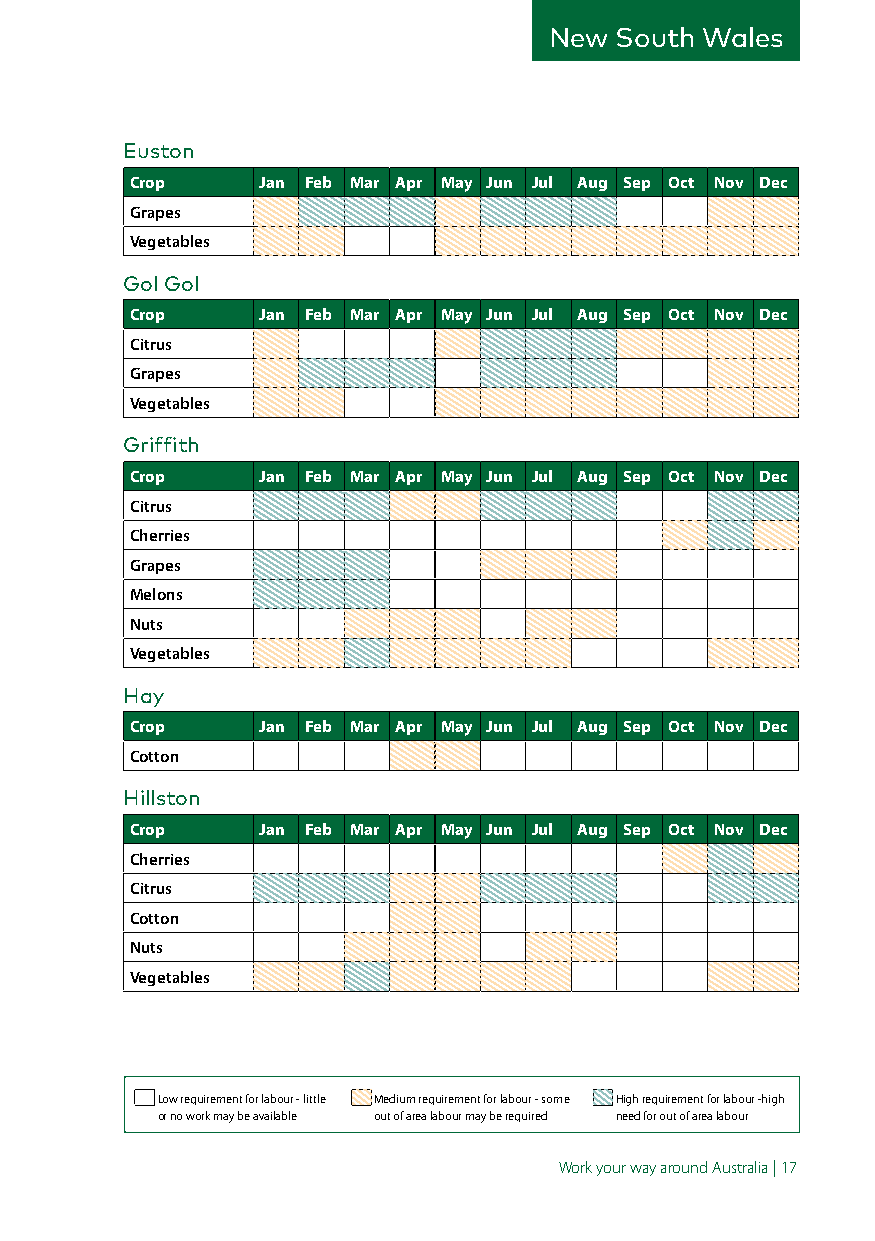
New  South Wales
 Euston
 Crop    Jan Feb Mar Apr May Jun Jul Aug Sep Oct Nov Dec
 Grapes
 Vegetables
 Gol Gol
 Crop    Jan Feb Mar Apr May Jun Jul Aug Sep Oct Nov Dec
 Citrus
 Grapes
 Vegetables
 Griffith
 Crop    Jan Feb Mar Apr May Jun Jul Aug Sep Oct Nov Dec
 Citrus
 Cherries
 Grapes
 Melons
 Nuts
 Vegetables
 Hay
 Crop    Jan Feb Mar Apr May Jun Jul Aug Sep Oct Nov Dec
 Cotton
 Hillston
 Crop    Jan Feb Mar Apr May Jun Jul Aug Sep Oct Nov Dec
 Cherries
 Citrus
 Cotton
 Nuts
 Vegetables
 Low requirement for labour - little Medium requirement for labour - some High requirement for labour -high
 or no work may be available out of area labour may be required need for out of area labour
 Work your way around Australia | 17